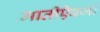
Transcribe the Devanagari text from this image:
मातीऐवजी